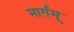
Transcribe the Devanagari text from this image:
मार्गम्